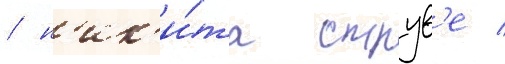
/ н'ик'и́та струв'е /